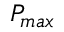
P _ { m a x }